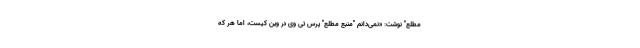
مطلع" نوشت: «نمی‌دانم "منبع مطلع" پرس تی وی در وین کیست، اما هر که